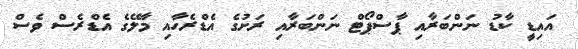
އައިޑީ ކާޑު ނަންބަރާއި ޕާސްޕޯޓް ނަންބަރާއި ރަށުގެ އެޑްރެހާއި މާލޭގެ އެޑްރެސް ވެސް